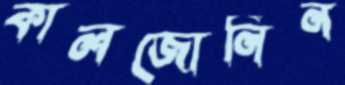
কালজোনিন